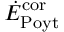
\dot { E } _ { \mathrm { P o y t } } ^ { \mathrm { c o r } }